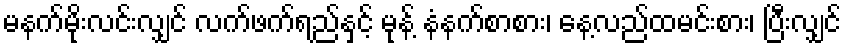
မနက်မိုးလင်းလျှင် လက်ဖက်ရည်နှင့် မုန့် နံနက်စာစား၊ နေ့လည်ထမင်းစား၊ ပြီးလျှင်